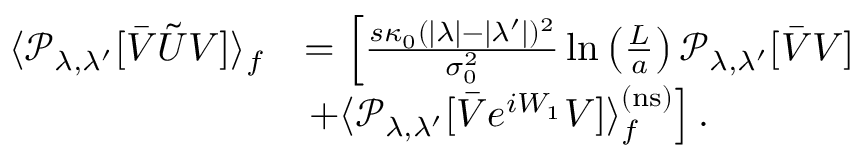
\begin{array} { r l } { \langle \mathcal { P } _ { \lambda , \lambda ^ { \prime } } [ \bar { V } \tilde { U } V ] \rangle _ { f } } & { = \left[ \frac { s \kappa _ { 0 } ( | \lambda | - | \lambda ^ { \prime } | ) ^ { 2 } } { \sigma _ { 0 } ^ { 2 } } \ln \left( \frac { L } { a } \right) \mathcal { P } _ { \lambda , \lambda ^ { \prime } } [ \bar { V } V ] \right. } \\ & { \left. + \langle \mathcal { P } _ { \lambda , \lambda ^ { \prime } } [ \bar { V } e ^ { i W _ { 1 } } V ] \rangle _ { f } ^ { \mathrm { ( n s ) } } \right] . } \end{array}